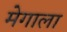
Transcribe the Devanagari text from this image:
मेगाला